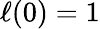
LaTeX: \ell(0)=1